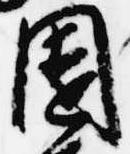
園